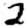
Digit: 2